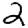
Digit: 2